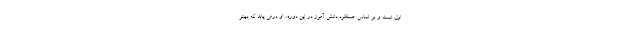
اول است و بر اساس عملکرد دانش آموز در این دوره، او درمی یابد که بهتر